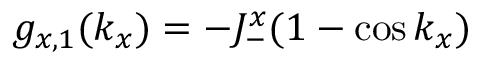
g _ { x , 1 } ( k _ { x } ) = - J _ { - } ^ { x } ( 1 - \cos k _ { x } )